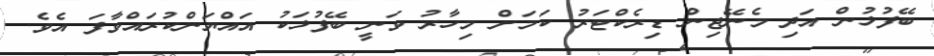
ބޭފުޅުން އަދި މެނޭޖިން ޑިރެކްޓަރު ކަމަށް މިހާރު ވަނީ ބޭފުޅަކު އައްޔަންކުރައްވާފަ އެވެ.